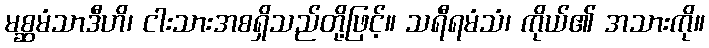
မစ္ဆမံသာဒီဟိ၊ ငါးသားအစရှိသည်တို့ဖြင့်။ သရီရမံသံ၊ ကိုယ်၏ အသားကို။